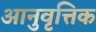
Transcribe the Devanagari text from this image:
आनुवृत्तिक